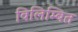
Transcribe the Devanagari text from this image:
विलिम्बित